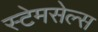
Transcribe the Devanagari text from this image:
स्टेमसेल्स